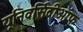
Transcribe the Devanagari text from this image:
यूनिवर्सिटीऑफ